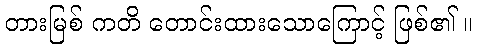
တားမြစ် ကတိ တောင်းထားသောကြောင့် ဖြစ်၏ ။